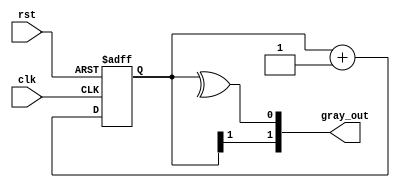
module gray_counter (clk,rst,gray_out);
input  clk,rst;
output [1:0] gray_out;
reg [1:0] tmp;
always @(posedge clk or posedge rst) begin
    if(rst) begin
        tmp<=0;
    end
    else begin
        tmp<=(tmp+1);
    end
end  
assign gray_out={tmp[1],^tmp};

endmodule